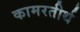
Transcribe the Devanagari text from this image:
कामरतीर्थ